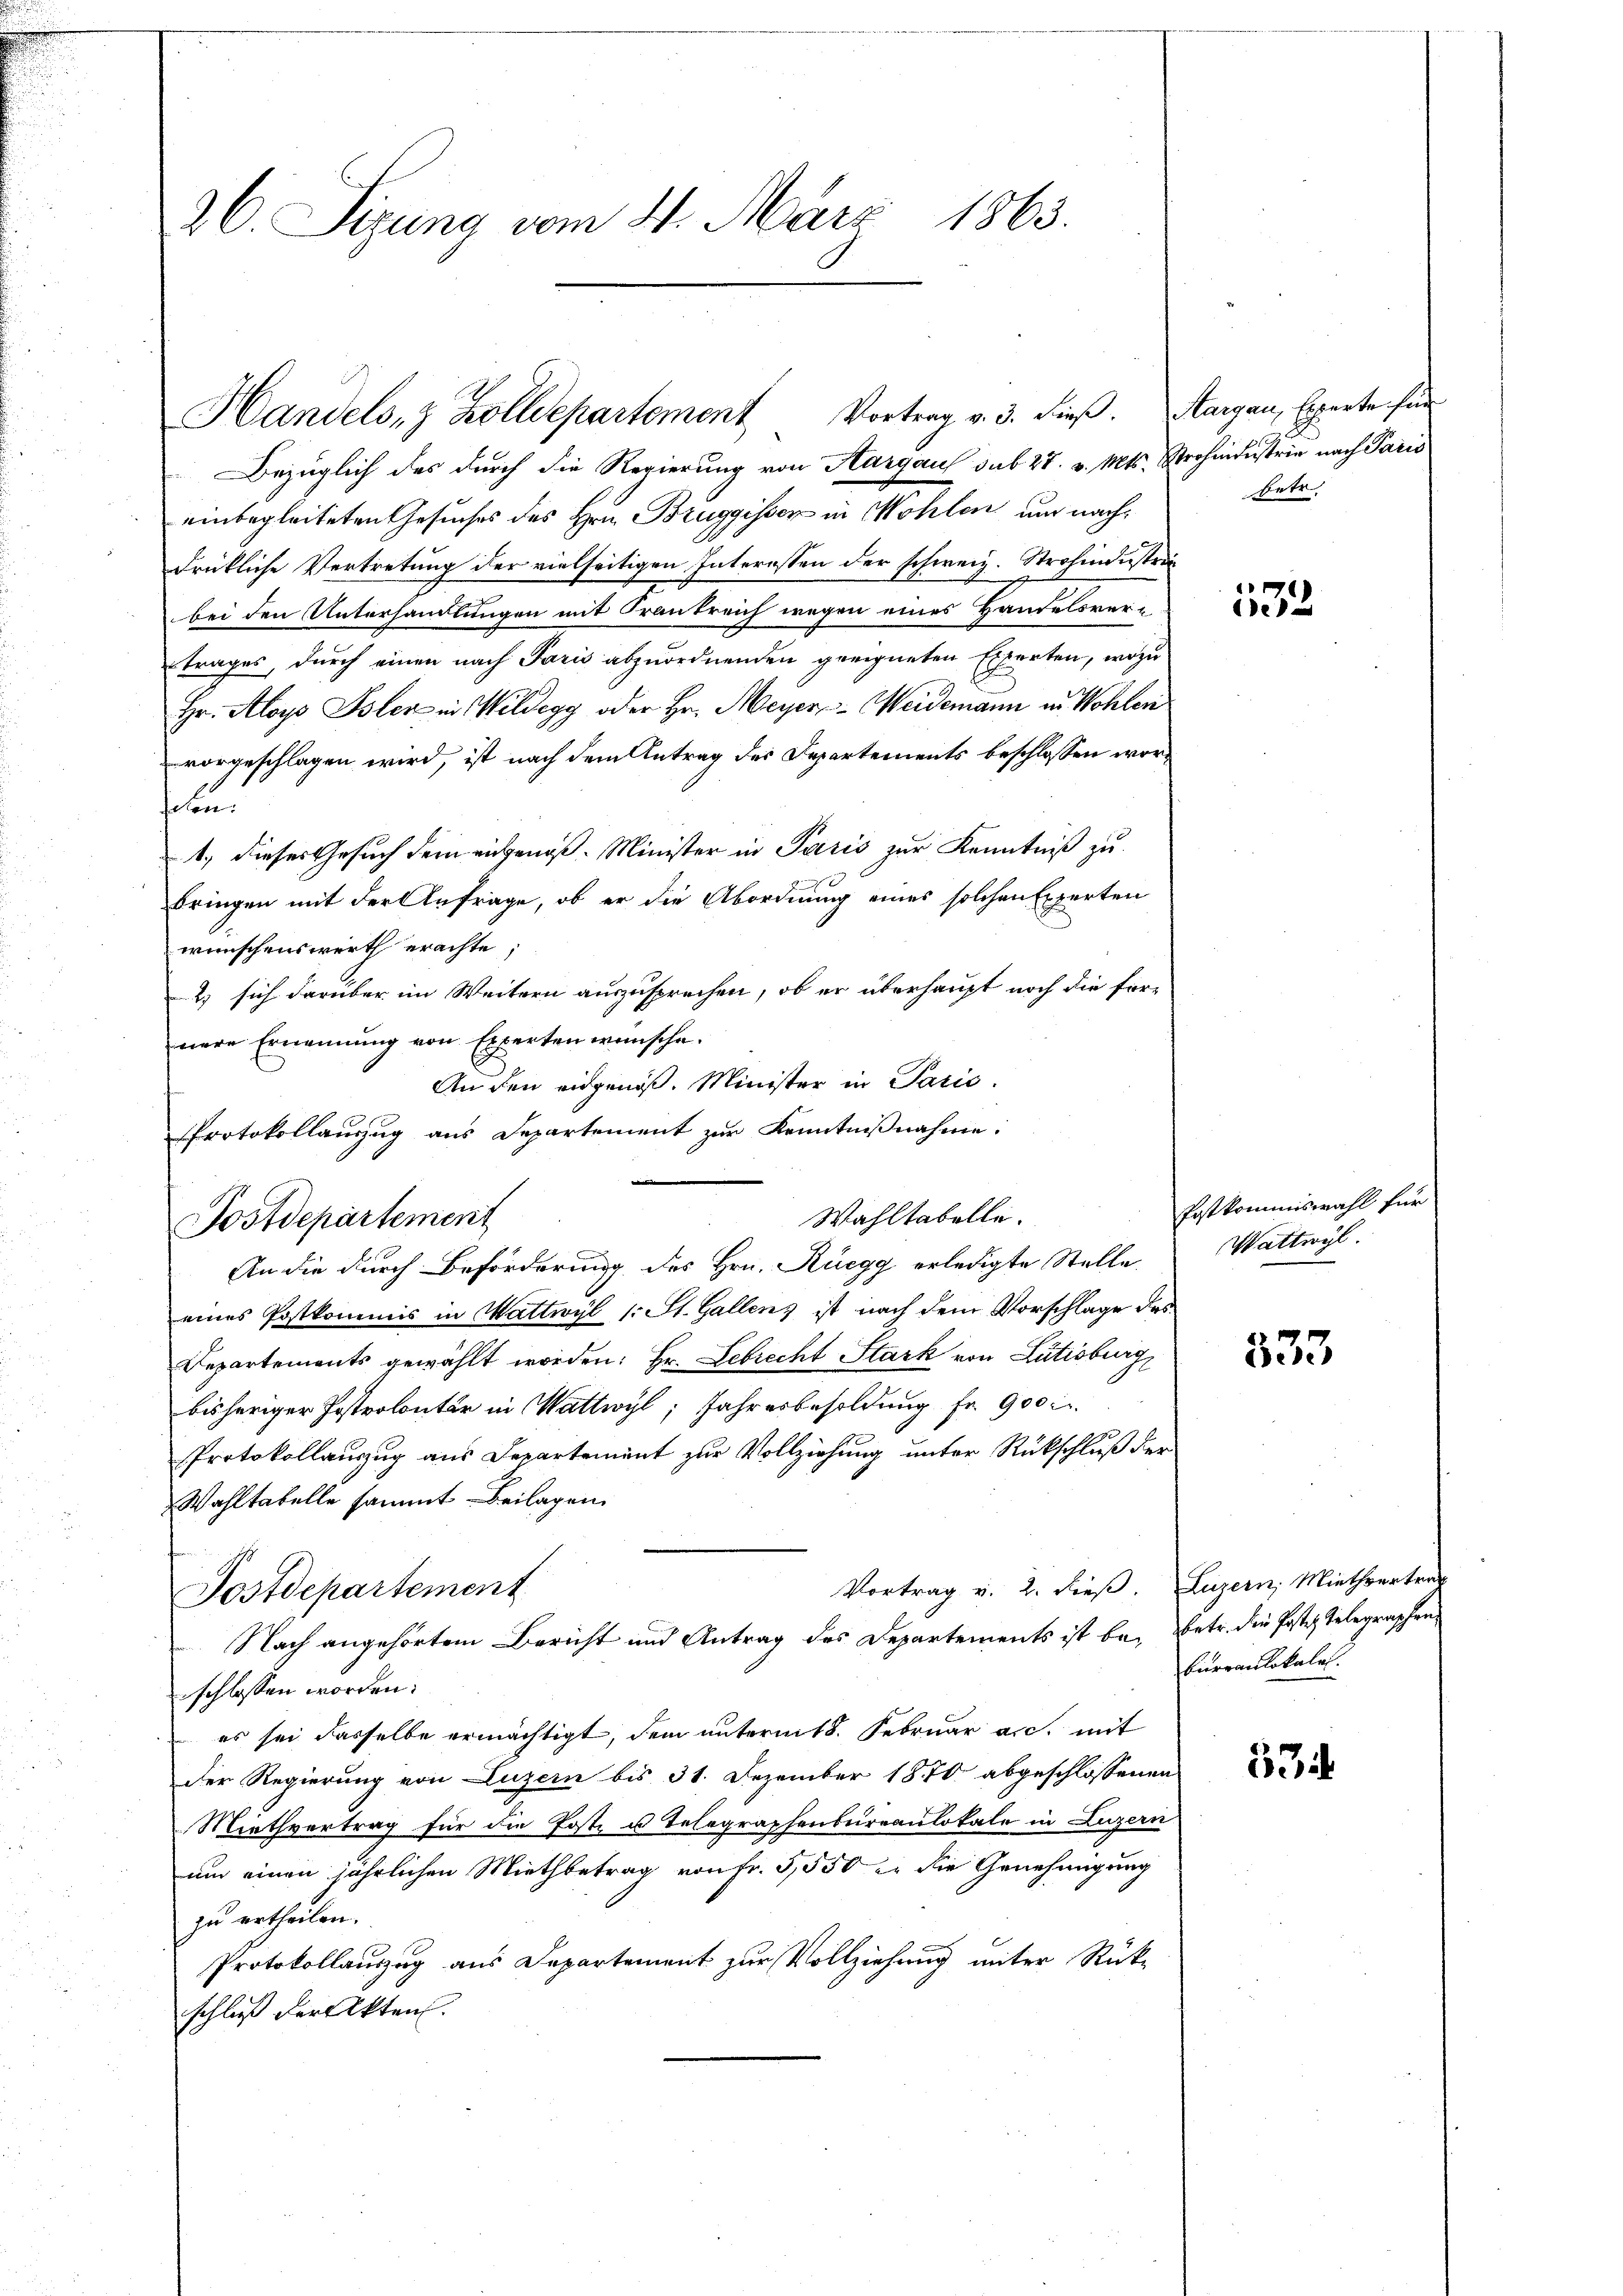
26. Sitzung vom 21. März 1863.

Handels- & Zolldepartement Vortrag v. 3. dieß. Aargau, Experte für

Bezüglich des durch die Regierung von Aargau sub 27. v. Mts. Strohindustrie nach Paris
einbegleiteten Gesuches des Hrn. Bruggisser in Wohlen um nachdrückliche Vertretung der vielseitigen Interessen der schweiz. Strohindustriebei den Unterhandlungen mit Frankreich wegen eines Handelsvertrages, durch einen nach Paris abzuordnenden geeigneten Experten, wozu
Hr. Aloys Isler in Wildegg oder Hr. Meyer Weidemann in Wohlen
vorgeschlagen wird, ist nach dem Antrag des Departements beschlossen worfhund
1., dieses Gesuch dem eingenoß. Minister in Paris zur Kenntniß zu
bringen mit der Anfrage, ob er die Abordnung eines solchen Experten
wünschenswerth erachte,
2) sich darüber im Weitern auszusprechen, ob er überhaupt noch die für-
nere Ernennung von Experten wünsche.
Auden eidgenöß. Minister in Paris.
Protokollanzug aus Departement zur Kenntnißnahme:
Wahltabelle.
Postdepartement
An die durch Beförderung des Hrn. Rüegg erledigte Stelle
eines Postkommis in Wattwyl (: St. Gallens ist nach dem Vorschlage des
Departements gewählt worden: Hr. Lebrecht Stark von Lutisburg
bisheriger Postrolontär in Wattwyl, Jahresbesoldung fr. 900
Protokollauszug aus Departement zur Vollziehung unter Rückschluß der
Wahltabelle sammt Beilagen
Vortrag v. 2. dieß. Luzern, Miethvertrag
Postdepartement
Nach angehörtem Bericht und Antrag des Departements ist bei Betr. die Poste Telegraphen
schlossen worden.
es sei dasselbe ermächtigt, dem unterm 18. Februar a.c. mit
der Regierung von Luzern bis 31. Dezember 1870 abgeschlossenen
Miethvertrag für die Postz u. Telegraphenbureaulokale in Luzern
um einen jährlichen Miethbetrag von Fr. 5550 in die Genehmigung
zu ertheilen.
Protokollauszug aus Departement zur Vollziehung unter Rück-
schließ der Akten.

betr.

7
e12

Postkommiswahl für
Wattwyl.

333

Currenlokale.

334